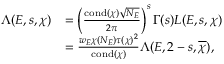
\begin{array} { r l } { \Lambda ( E , s , \chi ) } & { = \left( \frac { \mathrm { c o n d } ( \chi ) \sqrt { N _ { E } } } { 2 \pi } \right) ^ { s } \Gamma ( s ) L ( E , s , \chi ) } \\ & { = \frac { w _ { E } \chi ( N _ { E } ) \tau ( \chi ) ^ { 2 } } { \mathrm { c o n d } ( \chi ) } \Lambda ( E , 2 - s , \overline { { \chi } } ) , } \end{array}